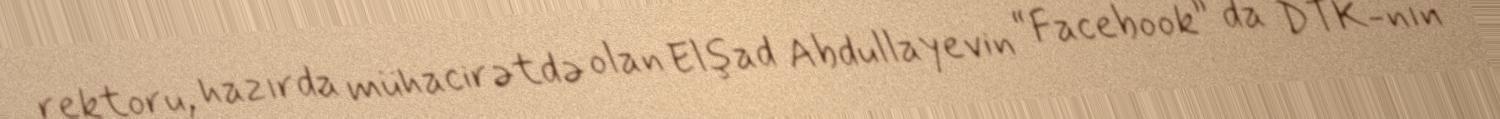
rektoru, hazırda mühacirətdə olan Elşad Abdullayevin “Facebook” da DTK-nın